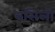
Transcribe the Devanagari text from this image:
बसिली